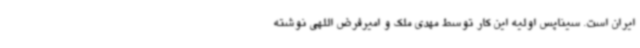
ایران است. سیناپس اولیه این کار توسط مهدی ملک و امیرفرض اللهی نوشته